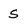
Character: S